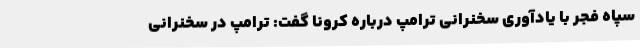
سپاه فجر با یادآوری سخنرانی ترامپ درباره کرونا گفت: ترامپ در سخنرانی